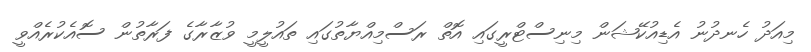
މިއަދު ހެނދުނު އެޑިއުކޭޝަން މިނިސްޓްރީގައި އޮތް ރަސްމިއްޔާތުގައި ތައުލީމީ ވުޒާރާގެ ފަރާތުން ސޮއެކުރެއްވީ